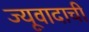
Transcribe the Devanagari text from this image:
ज्यूवादाची